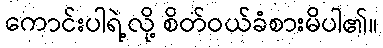
ကောင်းပါရဲ့လို့ စိတ်ဝယ်ခံစားမိပါ၏။